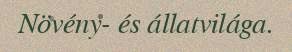
Növény- és állatvilága.